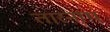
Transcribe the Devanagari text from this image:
तारनाथ